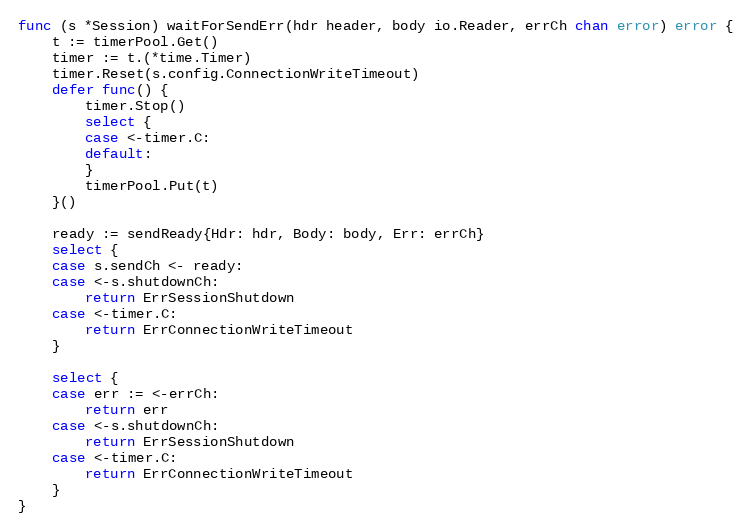
Language: Go
func (s *Session) waitForSendErr(hdr header, body io.Reader, errCh chan error) error {
	t := timerPool.Get()
	timer := t.(*time.Timer)
	timer.Reset(s.config.ConnectionWriteTimeout)
	defer func() {
		timer.Stop()
		select {
		case <-timer.C:
		default:
		}
		timerPool.Put(t)
	}()

	ready := sendReady{Hdr: hdr, Body: body, Err: errCh}
	select {
	case s.sendCh <- ready:
	case <-s.shutdownCh:
		return ErrSessionShutdown
	case <-timer.C:
		return ErrConnectionWriteTimeout
	}

	select {
	case err := <-errCh:
		return err
	case <-s.shutdownCh:
		return ErrSessionShutdown
	case <-timer.C:
		return ErrConnectionWriteTimeout
	}
}